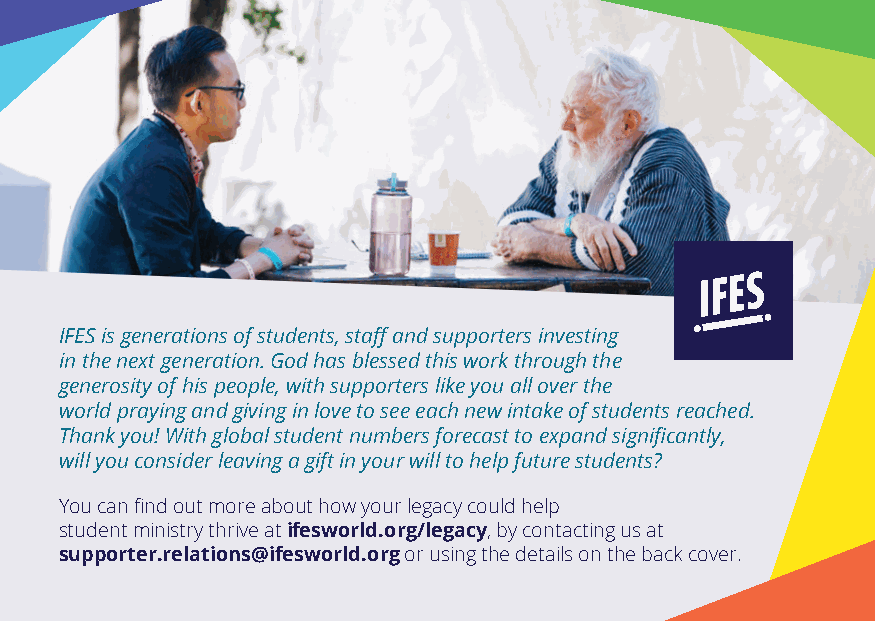
IFES is generations of students, staff and supporters investing
 in the next generation. God has blessed this work through the
 generosity of his people, with supporters like you all over the
 world praying and giving in love to see each new intake of students reached.
 Thank you! With global student numbers forecast to expand significantly,
 will you consider leaving a gift in your will to help future students?
 You can find out more about how your legacy could help
 student ministry thrive at ifesworld.org/legacy, by contacting us at
 supporter.relations@ifesworld.org or using the details on the back cover.